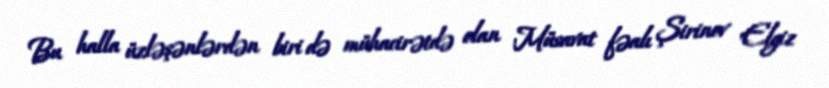
Bu halla üzləşənlərdən biri də mühacirətdə olan Müsavat fəalı Şirinov Elgiz